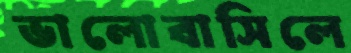
ভালোবাসিলে